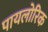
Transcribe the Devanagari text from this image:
पायलोरिक